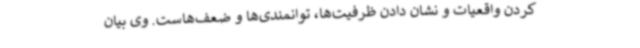
کردن واقعیات و نشان دادن ظرفیت‌ها، توانمندی‌ها و ضعف‌هاست. وی بیان